Cholera in India, 1862 to 1881
Year: 1862
Disease focus: Cholera
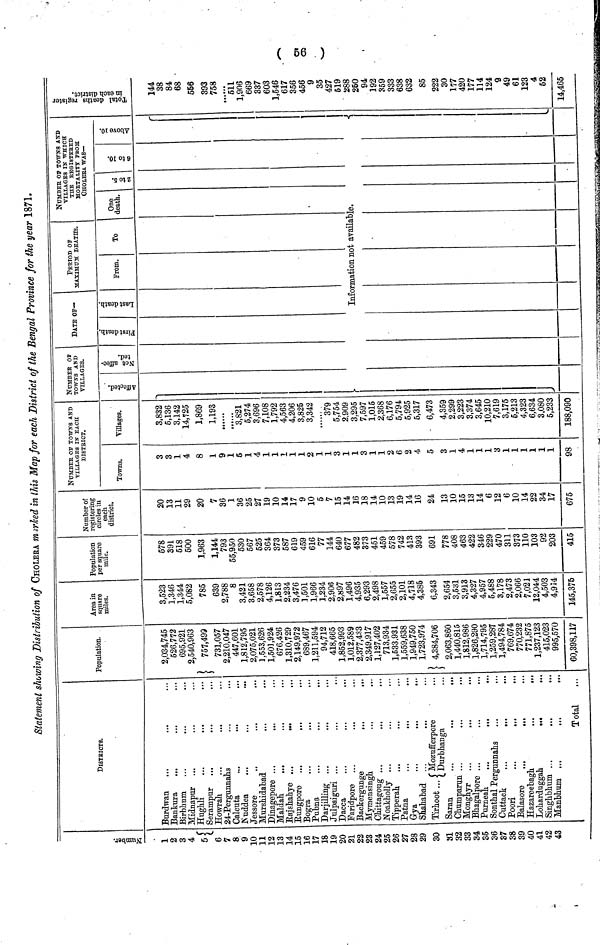
( 56 )
Statement showing Distribution of CHOLERA marked in this Map for each District of the Bengal Province for the year 1871.
Number.
1
2
3
4
5
6
7
8
9
10
11
12
13
14
15
16
17
18
19
20
21
22
23
24
25
26
27
28
29
30
31
32
33
34
35
36
37
38
39
40
41
42
43
DlSTRICTS.
Burdwan
Bankura
Birbhum
Midnapur ...
Hughli
Serampur ...
Howrah
24-Pergunnahs
Calcuta
...
...
.
Nuddea
...
...
..
Jessore
Murshidabad
Dinagepore ...
Maldah
...
...
.
Rajshahye ...
...
Bungpore
...
...
..
Bogra
...
...
|..
Pubna
...
Darjilling ...
Julpaiguri ...
Dacca
Faridpore ...
'
"'
Backergunge
Mymensingh.
.
Chittagoug ...
...
Noakholly .
Tipperah
Patna
Gya
;..
Shahabad
Tirhoot.. (Mozufferpore
Durbhanga
Saran
Chumparun ...
...
Monghyr
...
Bhagalpore ...
.
Purneah
Sonthal Pergunnahs
Cuttack
...
Poori
...
Balasore
...
Hazareebagh
...
,
Loharduggah
...
Singhbhum ...
Manbhum ...
Total
Population.
2,034,745
526,772
695,921
2,540,963
757,499
731,057
2,210,047
447,601
1,812,795
2,075,021
1,553,626
1,501,924
676,426
1,310,729
2,149,972
689,467
1,211,594
94,712
418,665
1,852,993
1,012,589
2,377,433
2,349,917
1,127,402
713,934
1,533,931
1,559,638
1,949,750
1,723,974
4,384,706
2,063,860
1,440,815
1,812,986
1,826,290
1,714,795
1,259,287
1,494,784
769,674
770,232
771,875
1,237,123
415,023
995,570
60,398,117
Area in
square
miles.
3,523
1,346
1,344
5,082
785
639
2,788
8
3,421
3,658
2,578
4,126
1,813
2,234
3,476
3,601
1,966
3,234
2,906
2,897
1,496
4,935
6,293
2,498
1,557
2,655
2,101
4,718
4,885
6,343
2,654
3,531
3,913
4,327
4,957
5,488
3,178
2,473
2,066
7,021
12,044
4,503
4,914
145,375
Population
per square
mile.
578
391
518
500
1,963
1,144
793
55,950
530
567
525
364
373
587
619
459
616
77
144
640
677
482
373
451
459
578
742
413
393
691
778
408
463
422
346
229
470
311
373
110
103
92
203
415
Number of
registering
circles in
each
district.
20
13
11
29
20
7
36
1
36
25
27
19
10
14
17
9
10
5
7
15
14
16
18
14
10
13
19
14
16
24
13
10
15
13
14
6
12
6
10
14
22
34
17
675
NuMBEr Of TOWNS AND
VILLAGES IN EACH
DISTRICT.
Towns.
3
3
1
4
8
1
9
1
5
1
4
1
1
1
1
1
2
1
1
3
1
1
3
1
1
2
6
2
4
5
3
1
4
1
1
1
3
1
1
1
1
1
1
98
Villages.
3,832
5,136
3,142
14,725
1,869
1,19S
3,821
5,274
3,696
7,108
1,792
4,563
4,206
3,825
3,342
... ...
379
5,754
2,909
3,295
7,597
1,015
2,368
6,176
5,794
5,925
5,317
6,473
4,359
2,299
3,223
3,374
3,645
10,210
7,619
3,175
6,213
4,323
6,634
3,080
5,233 .
188,090
NUMBER OF
TOWNS AND
VILLAGES,
Affected.
A
Not affected.
DATE OF—
First death.
Last death.
PERIOD OF MAXIMUM DEATHS.
-
From.
To
NUMBER OF TOWNS AND
VILLAGES IN WHICH
THE REGISTERED
MORTALITY FROM
CHOLERA WAS—
One
death.
Information not available.
2 TO 5
6 TO 10
Above 10
Total death register
in each district.
144
38
84
68
556
393
758
511
1,906
669
337
603
1,546
617
356
456
9
35
427
519
288
260
94
192
359
333
638
632
85
222
30
177
420
177
114
124
9
49
61
123
4
62
14,465